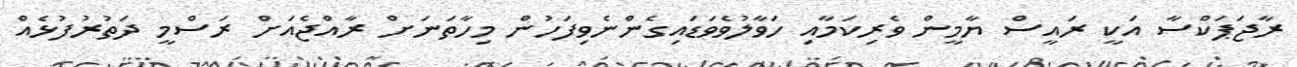
ރާޖަޕަކްސާ އަކީ ރައީސް ޔާމީން ވެރިކަމާއި ހަވާލުވެވަޑައިގެންނެވިފަހުން މިހާތަނަށް ރާއްޖެއަށް ރަސްމީ ދަތުރުފުޅެއް